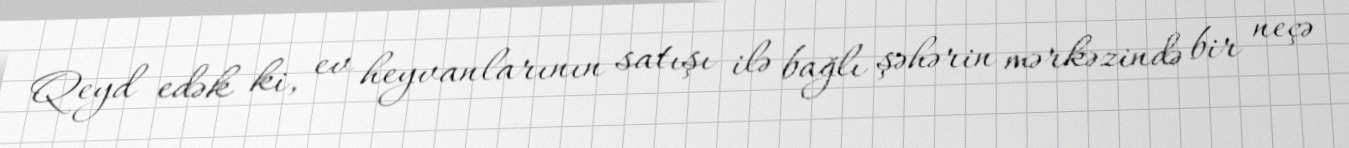
Qeyd edək ki, ev heyvanlarının satışı ilə bağlı şəhərin mərkəzində bir neçə